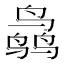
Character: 𱊜